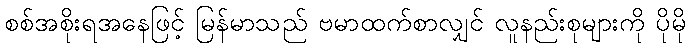
စစ်အစိုးရအနေဖြင့် မြန်မာသည် ဗမာထက်စာလျှင် လူနည်းစုများကို ပိုမို